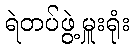
ရဲတပ်ဖွဲ့မှူးရုံး